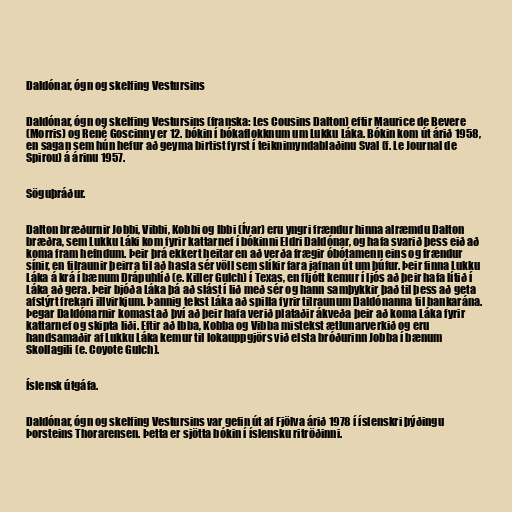
Daldónar, ógn og skelfing Vestursins

Daldónar, ógn og skelfing Vestursins (franska: Les Cousins Dalton) eftir Maurice de Bevere
(Morris) og René Goscinny er 12. bókin í bókaflokknum um Lukku Láka. Bókin kom út árið 1958,
en sagan sem hún hefur að geyma birtist fyrst í teiknimyndablaðinu Sval (f. Le Journal de
Spirou) á árinu 1957.

Söguþráður.

Dalton bræðurnir Jobbi, Vibbi, Kobbi og Ibbi (Ívar) eru yngri frændur hinna alræmdu Dalton
bræðra, sem Lukku Láki kom fyrir kattarnef í bókinni Eldri Daldónar, og hafa svarið þess eið að
koma fram hefndum. Þeir þrá ekkert heitar en að verða frægir óbótamenn eins og frændur
sínir, en tilraunir þeirra til að hasla sér völl sem slíkir fara jafnan út um þúfur. Þeir finna Lukku
Láka á krá í bænum Drápuhlíð (e. Killer Gulch) í Texas, en fljótt kemur í ljós að þeir hafa lítið í
Láka að gera. Þeir bjóða Láka þá að slást í lið með sér og hann samþykkir það til þess að geta
afstýrt frekari illvirkjum. Þannig tekst Láka að spilla fyrir tilraunum Daldónanna til bankarána.
Þegar Daldónarnir komast að því að þeir hafa verið plataðir ákveða þeir að koma Láka fyrir
kattarnef og skipta liði. Eftir að Ibba, Kobba og Vibba mistekst ætlunarverkið og eru
handsamaðir af Lukku Láka kemur til lokauppgjörs við elsta bróðurinn Jobba í bænum
Skollagili (e. Coyote Gulch).

Íslensk útgáfa.

Daldónar, ógn og skelfing Vestursins var gefin út af Fjölva árið 1978 í íslenskri þýðingu
Þorsteins Thorarensen. Þetta er sjötta bókin í íslensku ritröðinni.